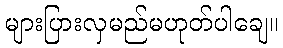
များပြားလှမည်မဟုတ်ပါချေ။